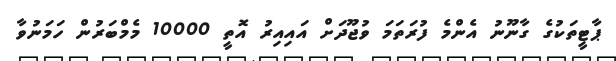
ޕާޓީތަކުގެ ގާނޫނު އެންމެ ފުރަތަމަ ވުޖޫދަށް އައިއިރު އޮތީ 10000 މެމްބަރުން ހަމަނުވާ